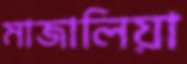
মাজালিয়া